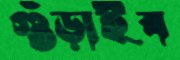
গুঁড়াইব